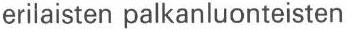
erilaisten palkanluonteisten